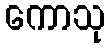
ကောသု